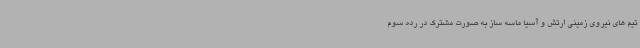
تیم های نیروی زمینی ارتش و آسیا ماسه ساز به صورت مشترک در رده سوم